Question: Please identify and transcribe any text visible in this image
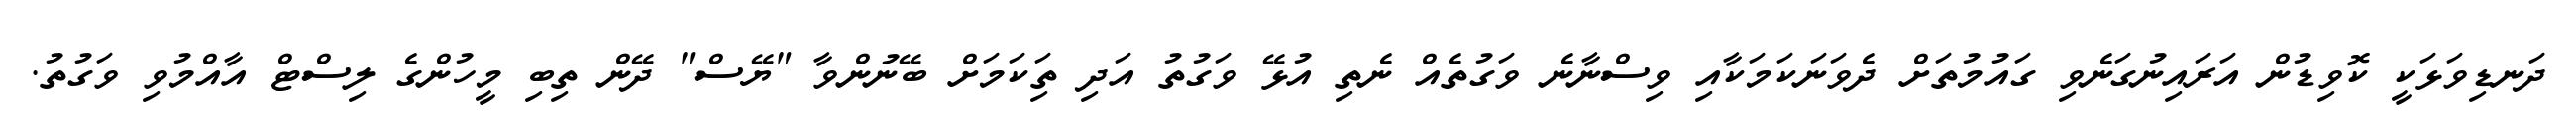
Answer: ދަނޑިވަޅަކީ ކޮވިޑުން އަރައިނުގަނެވި ގައުމުތަށް ދެވަނަކަމަކާއި ވިސްނާނެ ވަގުތެއް ނެތި އުޅޭ ވަގުތު އަދި ތިަކަމަށް ބޭނުންވާ "ޔޭސް" ދޭން ތިބި މީހުންގެ ލިސްޓް އާއްމުވި ވަގުތު.